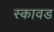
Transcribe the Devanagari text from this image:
स्कावड